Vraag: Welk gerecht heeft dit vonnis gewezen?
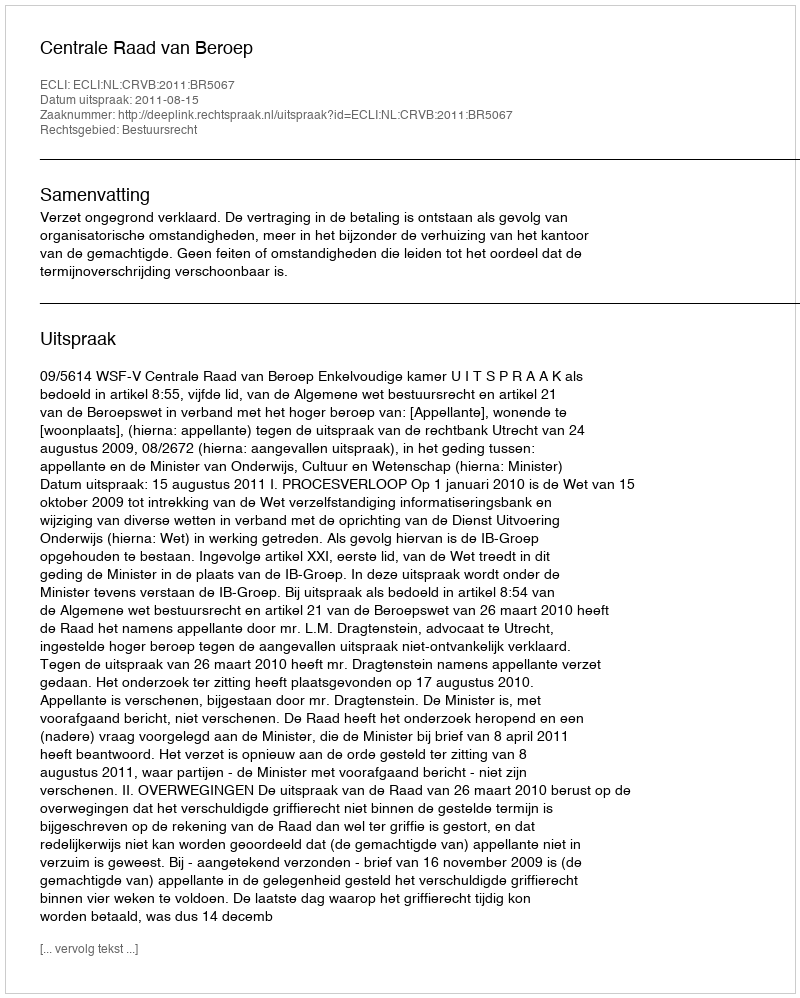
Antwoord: Centrale Raad van Beroep